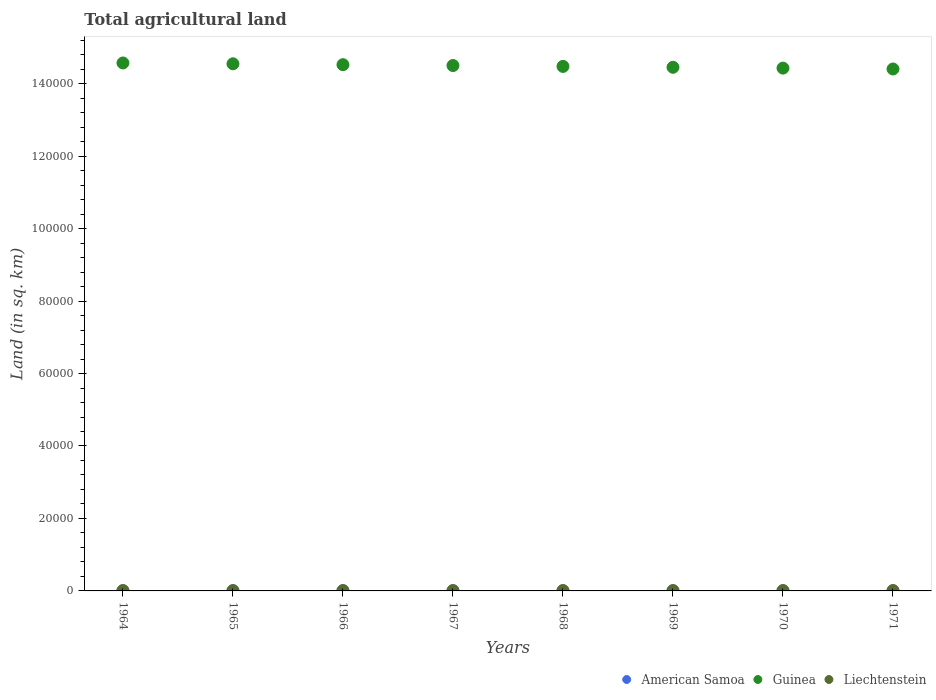
| Years | American Samoa | Guinea | Liechtenstein |
 | --- | --- | --- | --- |
 | 1964 | 30 | 1.46e+05 | 90 |
 | 1965 | 30 | 1.45e+05 | 90 |
 | 1966 | 30 | 1.45e+05 | 90 |
 | 1967 | 30 | 1.45e+05 | 90 |
 | 1968 | 30 | 1.45e+05 | 90 |
 | 1969 | 30 | 1.45e+05 | 90 |
 | 1970 | 30 | 1.44e+05 | 90 |
 | 1971 | 30 | 1.44e+05 | 90 |